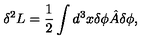
\delta ^ { 2 } L = \frac { 1 } { 2 } \int d ^ { 3 } x \delta \phi { \hat { A } } \delta \phi ,